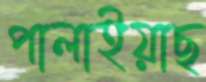
পালাইয়াছ